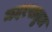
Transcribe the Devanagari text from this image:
मदरसतुल